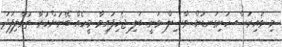
މި ވައިރަސް ހަށިގަނޑަށް ވާސިލް ވަނީ ބަލި ޖެހިފައިވާ މީހެއް ބޭނުންކުރާ ތުވާލިފަދަ